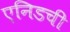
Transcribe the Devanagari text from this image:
एनिडची